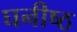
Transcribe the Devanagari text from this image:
घनीष्ठ